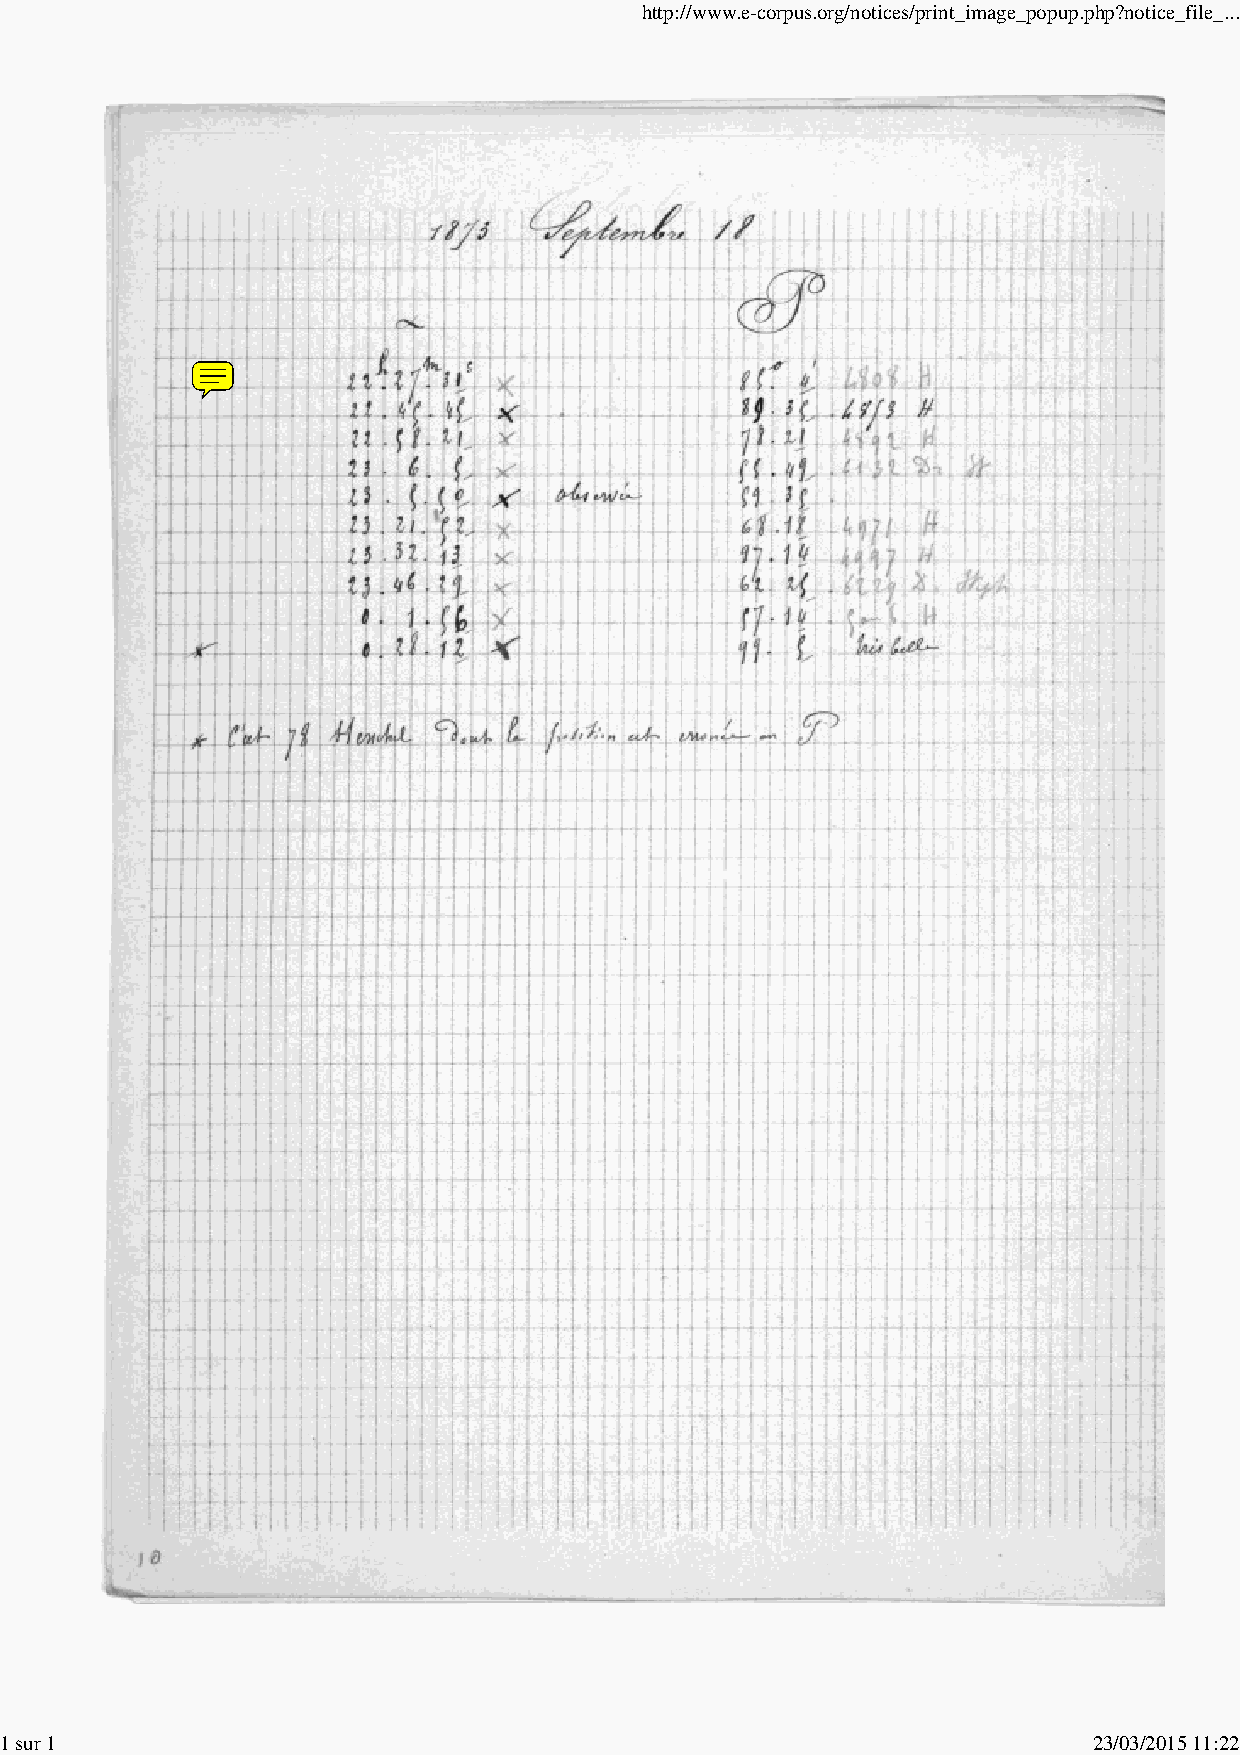
http://www.e-corpus.org/notices/print_image_popup.php?notice_file_...
 1 sur 1                                                                 23/03/2015 11:22